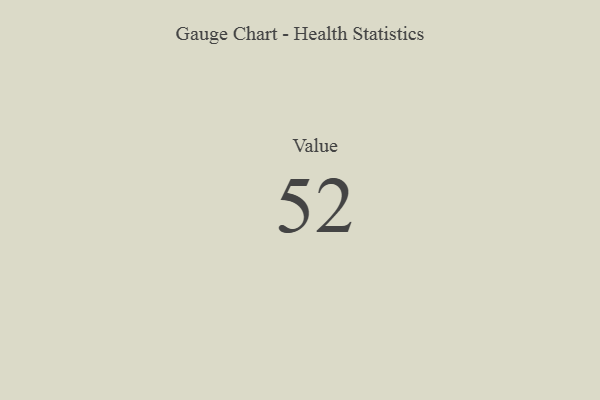
{"axis": {"x": "Metric", "y": "Value"}, "legend": [""], "data": [{"x": "Value", "y": 52, "type": ""}]}